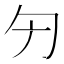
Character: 𠣐